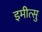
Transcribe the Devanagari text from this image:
इमीत्सु